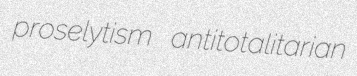
proselytism antitotalitarian